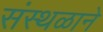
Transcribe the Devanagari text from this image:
संस्थळाने